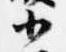
小